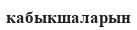
кабыкшаларын